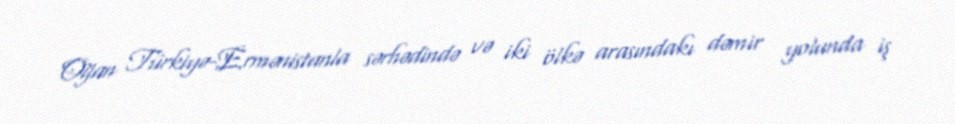
Oğan Türkiyə-Ermənistanla sərhədində və iki ölkə arasındakı dəmir yolunda iş